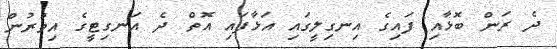
ދެ ރަން ބޮޅާއި ފައިގެ އިނގިލީގައި އަޅާފައި އޮތް ދެ އަނގިޓީގެ އިތުރުން